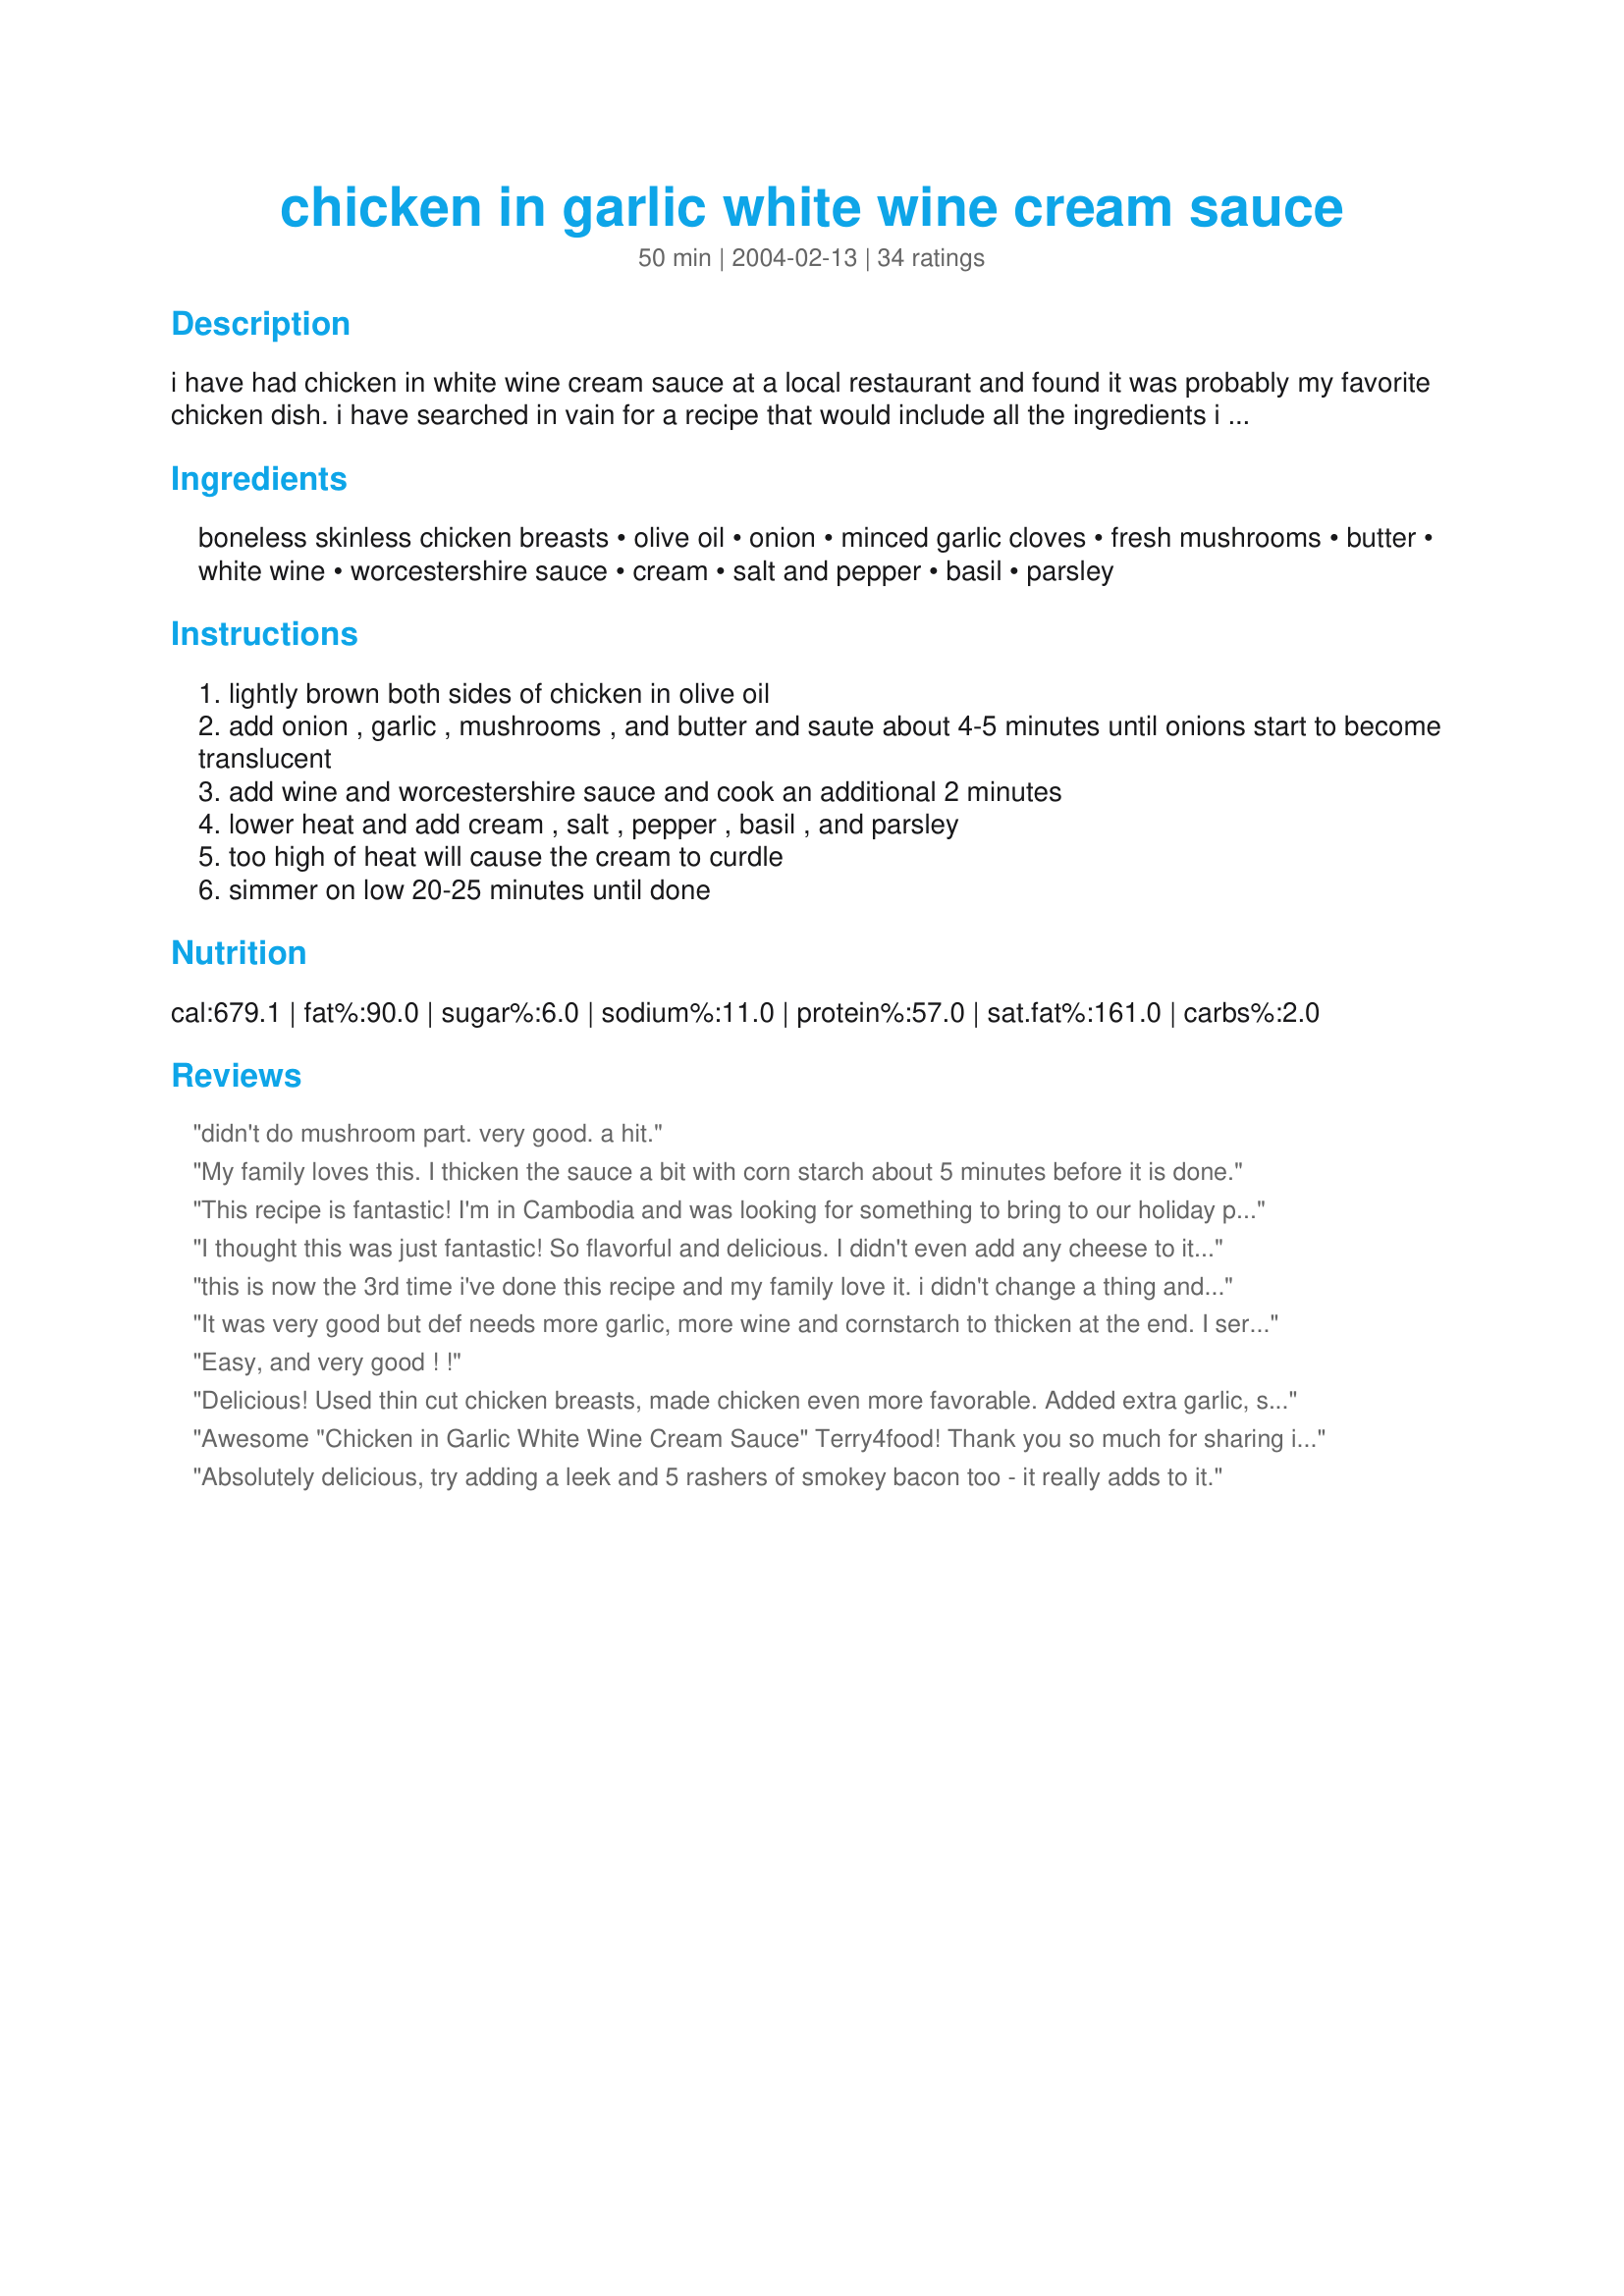
chicken in garlic white wine cream sauce
Preparation time: 50 minutes

i have had chicken in white wine cream sauce at a local restaurant and found it was probably my favorite chicken dish. i have searched in vain for a recipe that would include all the ingredients i now only vaguely remember. so, in desperation, i found a basic recipe and have adapted it. i have made this a few times and found it very close to what i remember. the only missing ingredient is cheese. i have yet to remember what cheese was used (other than it was a white cheese). eventually i will experiment with adding cheese, but for now i am really pleased with this version. i hope you like it too.

Ingredients:
boneless skinless chicken breasts, olive oil, onion, minced garlic cloves, fresh mushrooms, butter, white wine, worcestershire sauce, cream, salt and pepper, basil, parsley

Steps:
lightly brown both sides of chicken in olive oil
add onion , garlic , mushrooms , and butter and saute about 4-5 minutes until onions start to become translucent
add wine and worcestershire sauce and cook an additional 2 minutes
lower heat and add cream , salt , pepper , basil , and parsley
too high of heat will cause the cream to curdle
simmer on low 20-25 minutes until done

Reviews:
didn't do mushroom part. very good. a hit.
My family loves this. I thicken the sauce a bit with corn starch about 5 minutes before it is done.
This recipe is fantastic! I'm in Cambodia and was looking for something to bring to our holiday party that both the foreigners and Khmers will like.
I substituted salmon and I didn't have enough cream so I used half heavy cream and half coconut cream.
It was quite rich, and so good. Everyone loved it!
Thanks Terry4food!
I thought this was just fantastic!
So flavorful and delicious. I didn't even add any cheese to it; also made as directed, but I did flatten the chicken breasts a little before browning.
I really, thoroughly enjoyed this.
Next time I make it, it shall rest upon a bed of angel hair pasta.
This time, I served it with #123568 Baked Rigatoni with Bechamel Sauce. The two paired together nicely.
Thanks for the recipe!
this is now the 3rd time i've done this recipe and my family love it.
i didn't change a thing and i think this will be 1 i pass on to all family and friends
thanks
It was very good but def needs more garlic, more wine and cornstarch to thicken at the end. I served over long grain wild rice and spinach.
Easy, and very good ! !
Delicious! Used thin cut chicken breasts, made chicken even more favorable. Added extra garlic, since our family loves it. Otherwise, stuck to the recipe and served it with penne pasta and broccoli - family loved it! This is a recipe I will use over and over. Thank you for posting it!
Awesome "Chicken in Garlic White Wine Cream Sauce" Terry4food! Thank you so much for sharing it. My husband stumbled upon it, and asked me to make it. I too used a Riesling for the white wine, and added 1 tsp. of cornstarch at the end to thicken the sauce. I also used Shiitake Mushrooms. Awesome flavor !
Absolutely delicious, try adding a leek and 5 rashers of smokey bacon too - it really adds to it.
Tried this tonight and it was very good.

The sauce smelled very strongly of the basil but the taste was not too strong.

I agree that the sauce is way too thin/runny. We served it with rice and the sauce ran through the rice like water.

I see this being served on a platter with either a bed of rice or noodles.

Next time we'll use some grated parmesan cheese like others have tried or perhaps a bit of Cream of Tartar to thicken it a bit.

Four stars because if the thin sauce.
I believe the cheese you're looking for is Parmesan. If not then Gouda
I absolutely loved this recipe, but I had to tweek it a bit because I had to use what I had. I didn't add worcester, clove, basil or parsley, and only had a 1/4 cup of cream and it came out exceptional. I replaced the herbs with a dash of Herbs au Provence, and added a 1/4 cup of regular milk to make up for my lack of cream, 2 cups blanched broccoli, and I should also add that I used my left over chicken from thanksgiving dinner (2 cups). Because my sauce was a little thin I had to reduce it down a bit till it almost coated the back of a wooden spoon. I threw in the broccoli, chicken, 1/2 box cooked bowtie pasta and made sure all ingredients were heated and coated thoroughly. I topped it off with fresh grated Gruyere and it was to die for. I know I didn't follow the recipe exactly, but cooking is about having fun, improvising, and making the end product taste fabulous.
Fantastic Recipe! My husband loves this Chicken Con Pollo dish in a Boston restaurant and this was very close to their flavor. I bought a cooked chicken roaster (used the white meat for the dish and the dark meat for chicken noodle soup). I like garlic so I added 2 more cloves. For wine, I used a cheap Chardonnay table wine. Used heavy cream and dried basil versus fresh. I added my chicken after adding the wine. And added dried cranberries with step 4. The dish is served with rigatoni or similar shaped pasta. I didn't not simmer it to 20-25 minutes as the dish served in the restaurant is a little thin. I did it for 10 minutes. (Plus my chicken was fully cooked) My husband loved it and reminded me there was also spinach in the dish. I will have to add that next time. Which will add more vegetable to the dish. Thanks for the recipe - now we don't have to spend $14.00 a plate on the dish or a trip to Boston.
I tried this recipe this evening and thought it was wonderful. I did make a few adaptations, however. I completely skipped the chicken - I opted to make it another way - and began using the olive oil, butter, garlic, onions, and mushrooms. I followed everything else as written. I did add 1/4 C more white wine, and about 1/8 C Worcestershire sauce because I thought it needed a little more flavor. But, it was wonderful and extremely easy to make. Thanks for sharing!
Loved it!! I went a little heavier on the garlic and omitted the worchestershire, both due to personal taste preferences. At the end, I added 2 big handfuls of spinach to the sauce and let it wilt down before removing from heat. Note: if using skinless boneless thighs, I suggest pouring off some of the fat after browning the meat. Enjoy!
This recipe is very good, I have made it several times. I would caution the use of cornstarch to thicken the sauce It mutes the delicate flavor. The addition of parmesan is an excellent suggestion I use about 1/4 cup and shiitakes are also good. To speed things up I grill the chicken first until it 1/2 way cooked and 1/2 the heavy cream plus usually double the basil, Worcestershire sauce, and mushrooms while cutting the onions into larger pieces. It seems more hearty to me when there are chunks of mushroom and onion.
Delicious!!! Easy! Fast! What more could a girl ask for?? I cut my chicken up in chunks and added zucchini and broccoli. After cooking that, I served it over spaghetti. Yum Yum!!!!
Very good,quick and easy to prepare.I went with 6 cloves of garlic and a pint of heavy cream.I also added a 1/2 cup of parmesan at the end and a teaspoon of cornstarch mixed with a teaspoon of water to thicken it up. Served it over white rice.
To thicken up the sauce I added a bit of grated parmesan and this was absolutely great!! I made it with blackened chicken...YUMMM!!!
We had Cornish Game Hens for Thanksgiving and I needed something to make some Really Good leftovers. Made the sauce per recipe then added large chunks of hen and warmed ~10 min. Variation: used 1/2 pint of Light Cream and then added milk as it simmered to achieve the right consistency. Thought of adding Parm but that would be over the top. Served over simple long grain rice with green beans and carrots.
Really easy. Can&#039;t wait to eat it, serving it with mash and green beans
I made this for mother&#039;s day and it was fantastic. Let me preface this with I am not a &quot;measuring&quot; kind of cook. After reading the other reviews about the sauce being too thin, I decided to tweak the recipe a bit. I pounded out the chicken breasts and dredged them in flour seasoned with salt and pepper before browning in a combination of olive oil and butter. Essentially followed the recipe from there...although as I mentioned, I don&#039;t measure. The addition of the flour on the chicken thickened the sauce almost like a roux and did not overpower the garlic wine cream sauce. The chicken was so moist and tender I seriously impressed myself LOL! Used fresh herbs and added parmesan cheese at the end as suggested. Served over pasta with roasted zucchini and fresh rolls with roasted garlic butter.
Just made this tonight over white rice. Wish I had read the comments before b/c I agree the sauce was too thin. Otherwise was delicious and my family said it is a keeper. Thanks terry4food
My sauce came out thinner than I wanted, so I tossed in a little corn starch and it came out perfectly. Next time I'll use parmesan cheese, but I didn't have any on hand. Absolutely delicious. Served over pasta and with roasted zucchini on the side.
The flavor was really good, but the sauce was awfully thin.
I have been on a cooking kick lately, so i thought I'd try this. I read what you said about the cheese so I decided to add 1/2 cup of freshly grated parmesan to the cream sauce durring the last 10 mins. of simmering. It came out excelent. Thanks for posting, I'll be sure to make this again.
Delicious!! My 12 yr. old daughter found this recipe on the iPad so we tried it. She loves cheese, so we added freshly grated aged Parmesan Romano at the end. We served it over spaghetti noodles with a side of ciabatta bread. We both went back for seconds and fought over the remaining sauce! I didnt feel it needed thickened...but the only other change was we sliced the chicken breasts before serving. Now, if I could just get my 10 yr. old to expand her tastes (she hated it)!
YUMMMM!! My hubby and I loved this!! It will be made again soon I am sure! I think that in the future I will add a little cornstarch to thicken up the sauce and maybe add a tiny bit of parmesean cheese for an extra bonus! Thanks for the recipe!!
Very tasty, will definitely make this again. I added more butter, onions and garlic because, well, you gotta die from something, and I would rather go down eating great stuff like this instead of kale and spinach. :-) And just to add an exclamation point, I also threw in some chopped bacon bits! Served it over white rice with broccoli. Excellent!! Thank you!
I used milk but I should've cut the usage in half. I also think you need more wine and more garlic. What the recipe calls for is nowhere near enougj
Excellent flavor and so quick and easy. It's also perfect for tweaking it any way you choose. I started with saut&eacute;ing the onions in butter, added the garlic and mushrooms (cut in large pieces so mushroom haters could get the benefit of the flavor, but be able to pick them out easily). Added chopped zucchini and then stirred in about 1 heaping tablespoon of flour. Once incorporated, I gradually added the wine and the rest of the ingredients. The Parmesan cheese toward the end really kicked it up a notch (as did the sprinkling of cayenne). The next pork tenderloin I cook will be getting this treatment! Thanks for sharing this recipe.
great dish, a hit with the whole family. I made double the sauce and served it on a bed of feticcine noodles and then topped with fried asparagus. Cooked the mushrooms up seperately and placed then on the plate as a side as not everyone in my family likes them. I didnt add the cornstarch however did add fresh grated parmasen cheese. Considering using the sauce as a base for the next time i make carbonara.
I love a cream sauce with pasta, and absolutely loved the flavor of the wine in the sauce. I used a Riesling that I had open in the fridge. I used heavy cream and added a bit of corn starch at the end. Served this with penne pasta. Will definitely make this again when I'm craving a good pasta with cream sauce.
